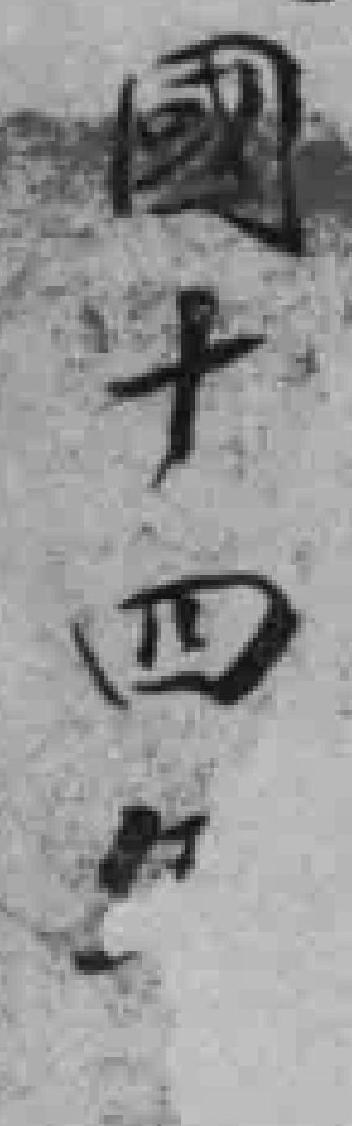
國十四*